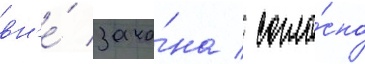
вн'е́ зако́на / согла́сно